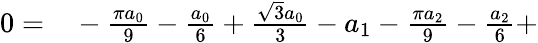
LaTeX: \begin{array}{rl}{0=}&{{}-\frac{\pi a_{0}}{9}-\frac{a_{0}}{6}+\frac{\sqrt{3}a_{0}}{3}-a_{1}-\frac{\pi a_{2}}{9}-\frac{a_{2}}{6}+}\end{array}